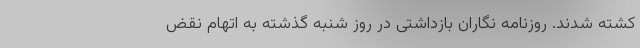
کشته شدند. روزنامه نگاران بازداشتی در روز شنبه گذشته به اتهام نقض